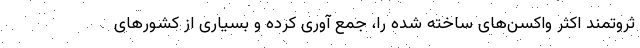
ثروتمند اکثر واکسن‌های ساخته شده را، جمع آوری کرده و بسیاری از کشورهای